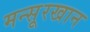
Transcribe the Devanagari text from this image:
मन्सूरखान